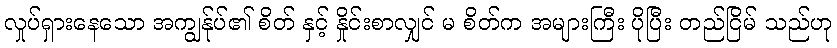
လှုပ်ရှားနေသော အကျွန်ုပ်၏ စိတ် နှင့် နှိုင်းစာလျှင် မ စိတ်က အများကြီး ပိုပြီး တည်ငြိမ် သည်ဟု